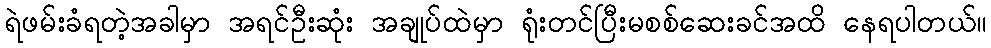
ရဲဖမ်းခံရတဲ့အခါမှာ အရင်ဦးဆုံး အချုပ်ထဲမှာ ရုံးတင်ပြီးမစစ်ဆေးခင်အထိ နေရပါတယ်။